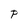
Character: P